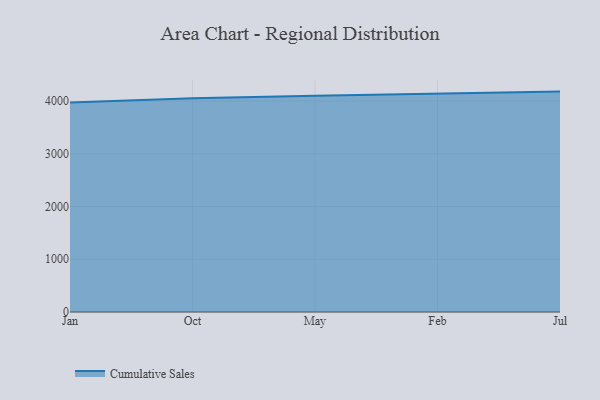
{"axis": {"x": "Month", "y": "Energy Usage (MWh)"}, "legend": ["Cumulative Sales"], "data": [{"x": "Jan", "y": 3974.3, "type": "Cumulative Sales"}, {"x": "Oct", "y": 4053.6, "type": "Cumulative Sales"}, {"x": "May", "y": 4100.1, "type": "Cumulative Sales"}, {"x": "Feb", "y": 4144.4, "type": "Cumulative Sales"}, {"x": "Jul", "y": 4180.4, "type": "Cumulative Sales"}]}